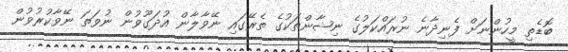
ބޮޑެތި މީހުންނަށް ފެނިދާނެ ނުރައްކަލުގެ ނިޝާންތަކުގެ ތެރޭގައި ނޭވާލާން އުދަގޫވުން ނުވަތަ ނޭވާކުރުވުން